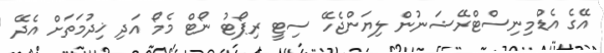
އޭގެ އެޑްމިނިސްޓްރޭޝަނުން ލިޔަންޖެހޭ ސިޓީ ރިޕޯޓު ނޯޓް މެމޯ އަދި ޚިދުމަތަށް އެދޭ